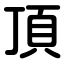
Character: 頂